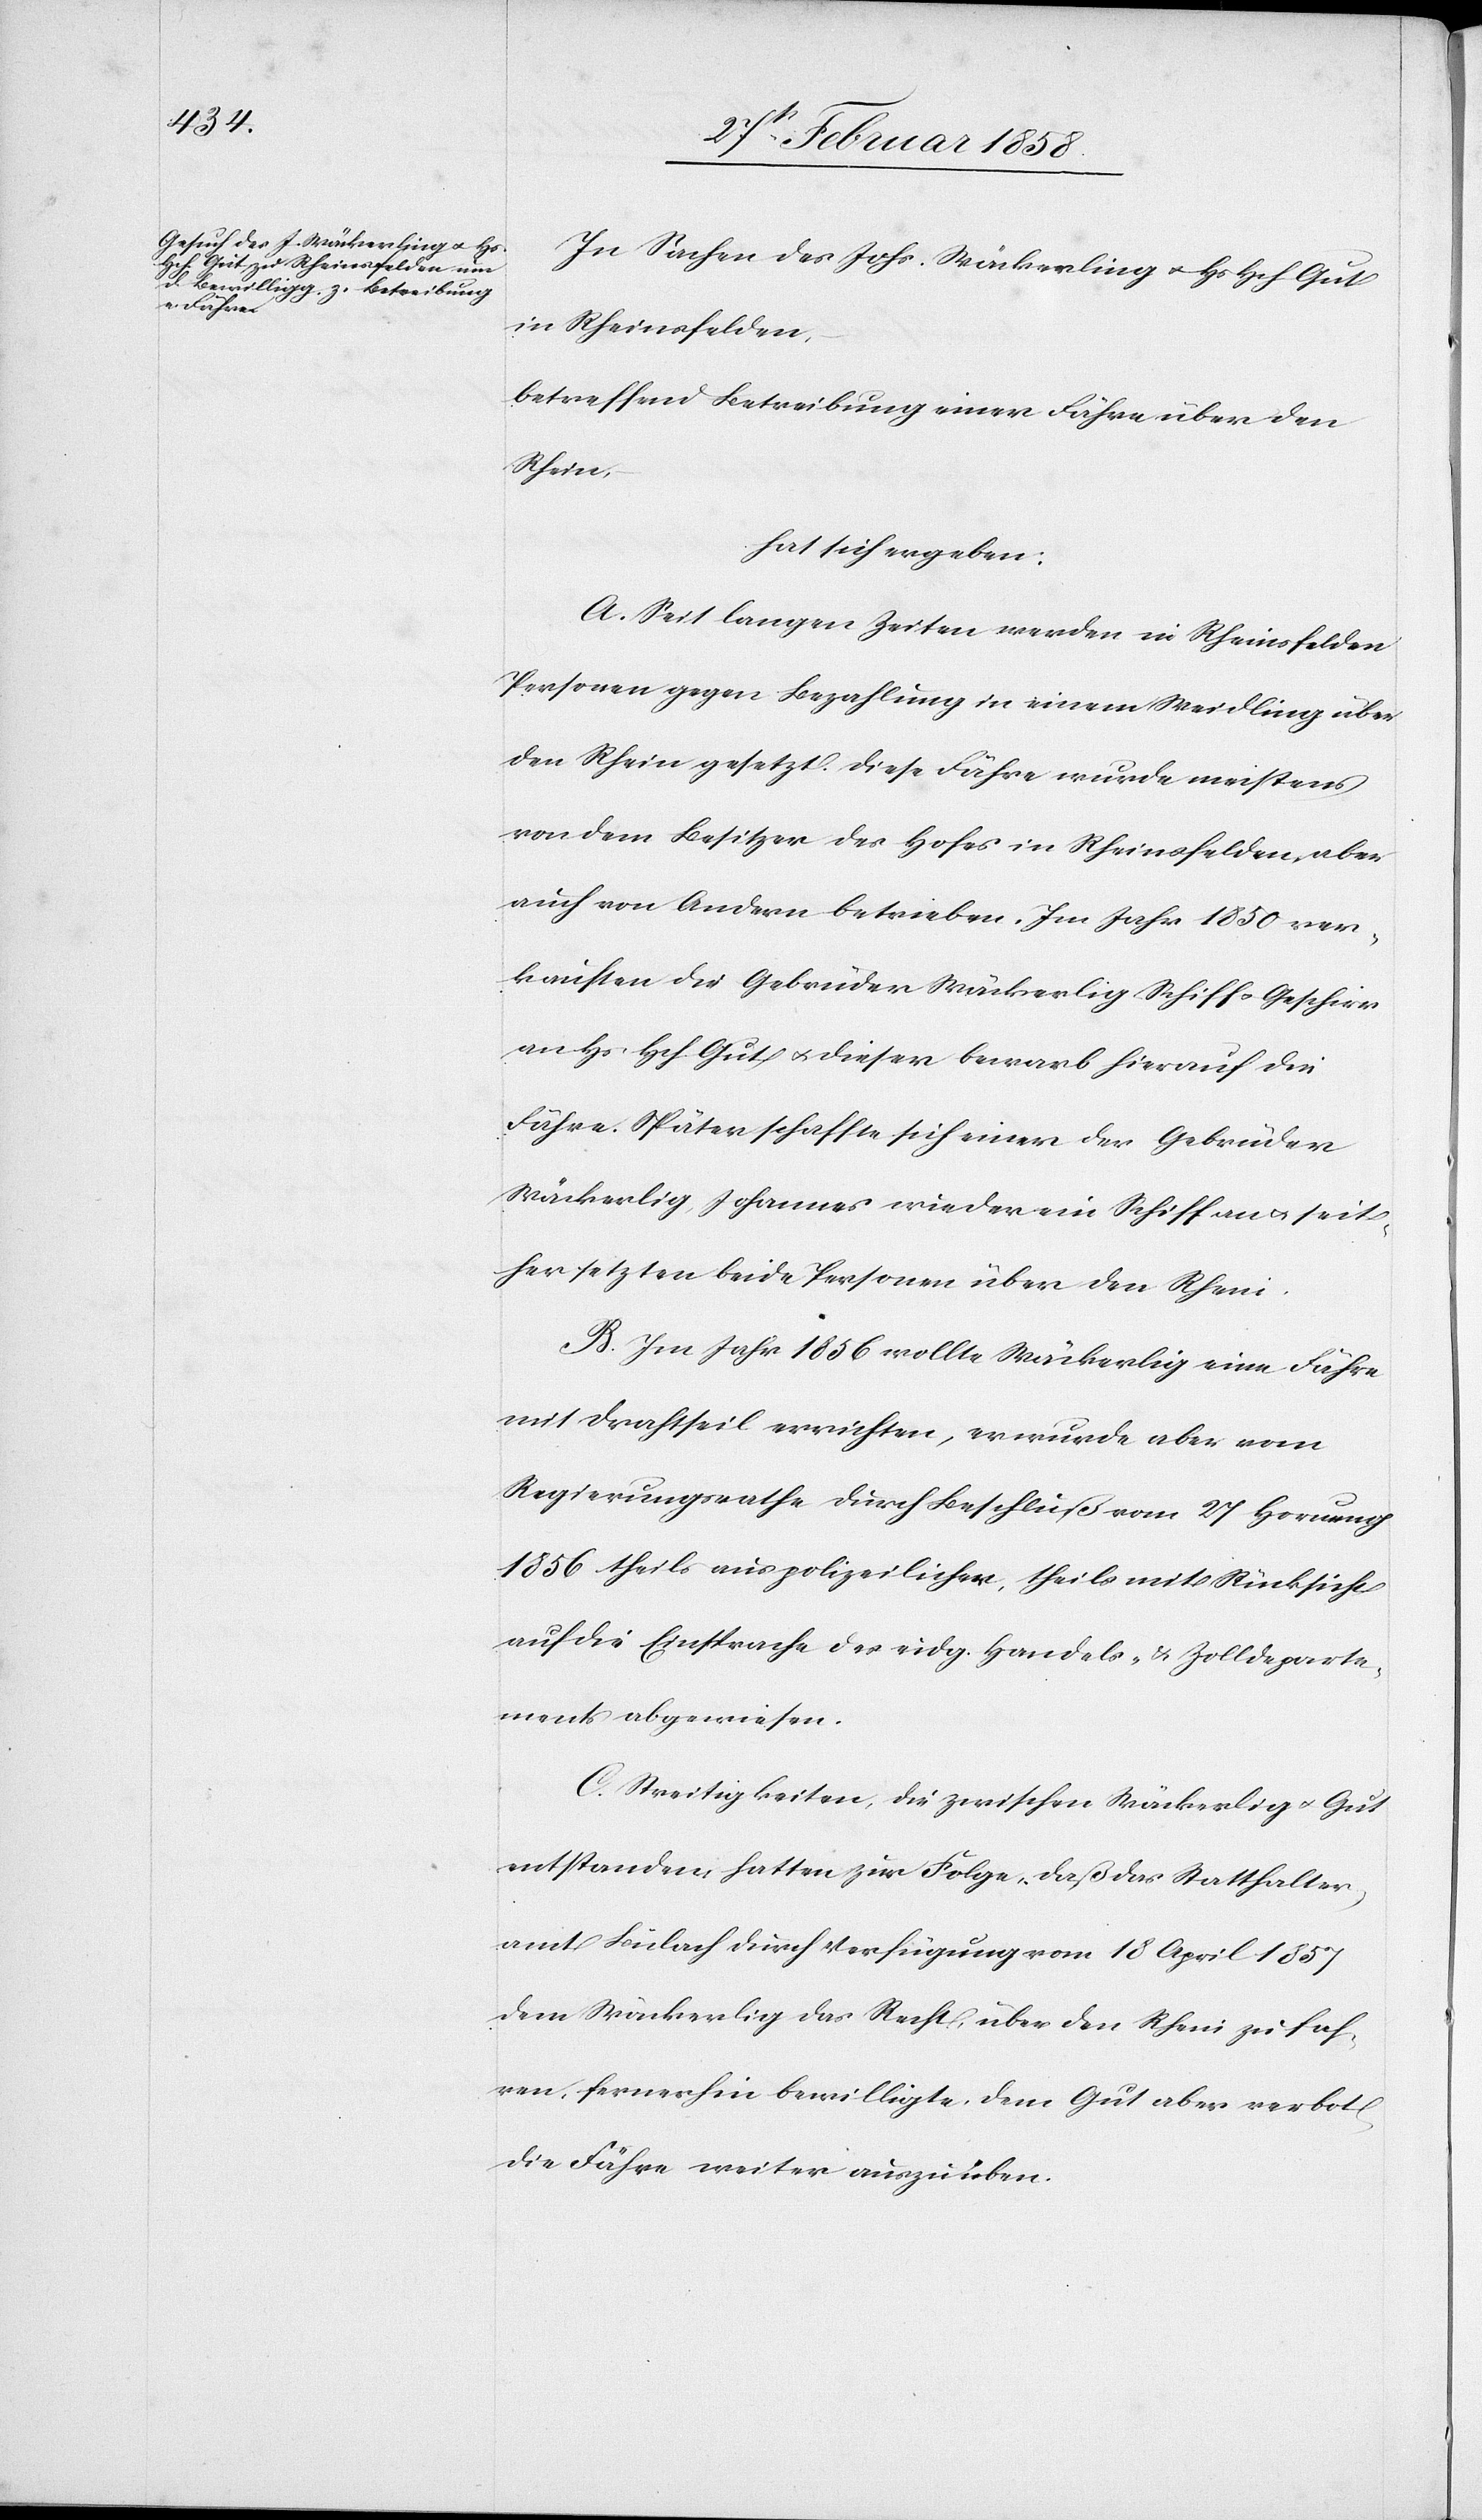
In Sachen des Johs. Wäckerling u. Hs. Hch. Gut
in Rheinsfelden,
betreffend Betreibung einer Fähre über den
Rhein,
hat sich ergeben:
A. Seit langen Zeiten werden in Rheinsfelden
Personen gegen Bezahlung in einem Weidling über
den Rhein gesetzt. Diese Fähre wurde meistens
von dem Besitzer des Hofes in Rheinsfelden, aber
auch von Andern betrieben. Im Jahr 1850 ver¬
kauften die Gebrüder Wäckerlig [sic!] Schiff u. Geschirr
an Hs. Hch. Gut u. dieser bewarb hierauf die
Fähre. Später schaffte sich einer der Gebrüder
Wäckerlig, Johannes wieder ein Schiff an u. seit¬
her setzten beide Personen über den Rhein.
B. Im Jahre 1856 wollte Wäckerlig eine Fähre
mit Drahtseil errichten, er wurde aber vom
Regierungsrathe durch Beschluß vom 27 Hornung
1856 theils aus polizeilicher, theils mit Rücksicht
auf die Einsprache des eidg. Handels- u. Zolldeparte¬
ments abgewiesen.
C. Streitigkeiten, die zwischen Wäckerlig u. Gut
entstanden, hatten zur Folge, daß das Statthalter¬
amt Bülach durch Verfügung vom 18 April 1857
dem Wäckerlig das Recht, über den Rhein zu fah¬
ren, fernerhin bewilligte, dem Gut aber verbot
die Fähre weiter auszuüben.